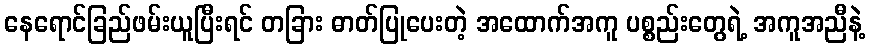
နေရောင်ခြည်ဖမ်းယူပြီးရင် တခြား ဓာတ်ပြုပေးတဲ့ အထောက်အကူ ပစ္စည်းတွေရဲ့ အကူအညီနဲ့